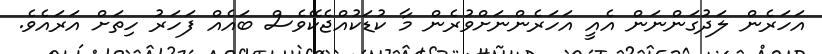
އަހަރެން ލަދުގަންނަން އެއީ އަހަރެންނަށްވުރެން މާ ކުޑަކުއްޖެކޭވެސް ބައެއް ފަހަރު ހިތަށް އަރައެވެ.